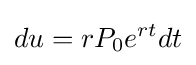
du=rP_{0}e^{rt}dt